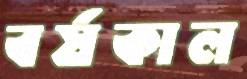
বর্ষকাল